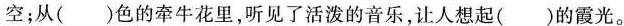
空:从( )色的牵牛花里，听见了活泼的音乐，让人想起( )的霞光